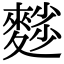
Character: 𪍉